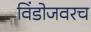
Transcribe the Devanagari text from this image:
विंडोजवरच